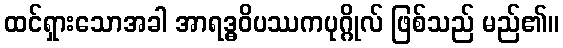
ထင်ရှားသောအခါ အာရဒ္ဓဝိပဿကပုဂ္ဂိုလ် ဖြစ်သည် မည်၏။